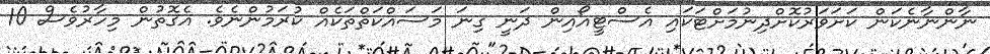
ނާންނާނެކަން ކަށަވަރުކޮށްދިނުމަށްޓަކައި އެސްޓީއޯއިން ދަނީ ގިނަ މަސައްކަތްތަކެއް ކުރަމުންނެވެ. އެގޮތުން މިހާރުވެސް 10